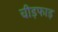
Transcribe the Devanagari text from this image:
चीड़फाड़